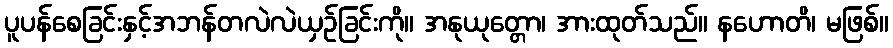
ပူပန်စေခြင်းနှင့်အဘန်တလဲလဲယှဉ်ခြင်းကို။ အနုယုတ္တော၊ အားထုတ်သည်။ နဟောတိ၊ မဖြစ်။